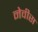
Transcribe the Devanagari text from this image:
नेवीस